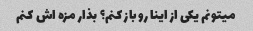
میتونم یکی از اینا رو باز کنم؟ بذار مزه اش کنم